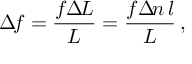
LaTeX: \Delta \! f = \frac { f \Delta \! L } L = \frac { f \Delta \! n \, l } L \, ,